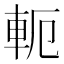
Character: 軛